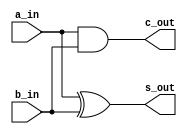
///// HALF ADDER /////
module half_add(a_in, b_in, s_out, c_out);
input   a_in, b_in;
output  s_out, c_out;

assign  s_out = a_in ^ b_in;
assign  c_out = a_in & b_in;  
  
endmodule

///// FULL ADDER /////
module full_add(a_in, b_in, c_in, s_out, c_out);
  input   a_in, b_in, c_in;
  output  s_out, c_out;
  
  wire  c_out_1, s_out_1, c_out_2;
  
  half_add half_add_1(  .a_in(a_in),
                        .b_in(b_in),
                        .s_out(s_out_1),
                        .c_out(c_out_1)
                        );
  half_add half_add_2(  .a_in(s_out_1),
                        .b_in(c_in),
                        .s_out(s_out),
                        .c_out(c_out_2)
                        );
                        
  assign c_out = c_out_1 | c_out_2;
  
endmodule

///// FULL 4 BITS ADDER /////
module four_bits_add(a_in, b_in, c_in, s_out, c_out);
  
  input   [3:0] a_in, b_in;
  input         c_in;
  
  output  [3:0] s_out;
  output        c_out;
  
  wire    [3:0] c;
  
  assign  c_out = c[3];
  
  full_add full_add_1(.a_in(a_in[0]), 
                      .b_in(b_in[0]), 
                      .c_in(c_in), 
                      .s_out(s_out[0]), 
                      .c_out(c[0])
                      );

  full_add full_add_2(.a_in(a_in[1]), 
                      .b_in(b_in[1]), 
                      .c_in(c[0]), 
                      .s_out(s_out[1]), 
                      .c_out(c[1])
                      );

  full_add full_add_3(.a_in(a_in[2]), 
                      .b_in(b_in[2]), 
                      .c_in(c[1]), 
                      .s_out(s_out[2]), 
                      .c_out(c[2])
                      );

  full_add full_add_4(.a_in(a_in[3]), 
                      .b_in(b_in[3]), 
                      .c_in(c[2]), 
                      .s_out(s_out[3]), 
                      .c_out(c[3])
                      );
endmodule